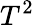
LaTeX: T^{2}